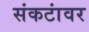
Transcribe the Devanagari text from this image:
संकटांवर